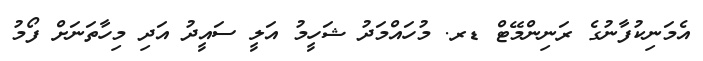
އެމަނިކުފާނުގެ ރަނިންމޭޓް ޑރ. މުހައްމަދު ޝަހީމު އަލީ ސައީދު އަދި މިހާތަނަށް ފޯމު